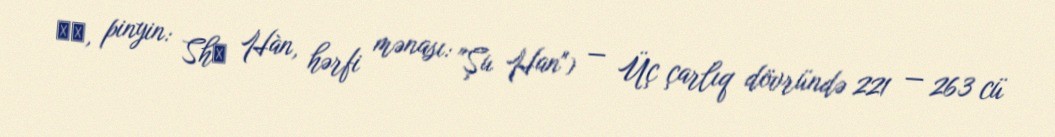
蜀汉, pinyin: Shǔ Hàn, hərfi mənası: "Şu Han") — Üç çarlıq dövründə 221 — 263 cü